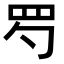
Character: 𦉹